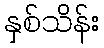
နှစ်သိန်း